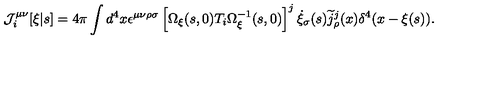
{ \cal J } _ { i } ^ { \mu \nu } [ \xi | s ] = 4 \pi \int d ^ { 4 } x \epsilon ^ { \mu \nu \rho \sigma } \left[ \Omega _ { \xi } ( s , 0 ) T _ { i } \Omega _ { \xi } ^ { - 1 } ( s , 0 ) \right] ^ { j } \dot { \xi } _ { \sigma } ( s ) \widetilde { j } _ { \rho } ^ { j } ( x ) \delta ^ { 4 } ( x - \xi ( s ) ) .